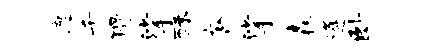
遮千猾挲酥奢挲森逄卧